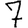
Digit: 7